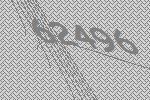
62496